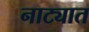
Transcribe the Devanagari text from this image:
नाट्यात